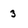
Character: 3